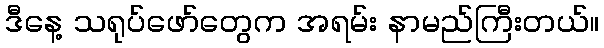
ဒီနေ့ သရုပ်ဖော်တွေက အရမ်း နာမည်ကြီးတယ်။